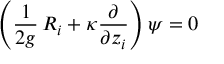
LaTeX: \left( \frac { 1 } { 2 g } \, R _ { i } + \kappa \frac { \partial } { \partial z _ { i } } \right) \psi = 0